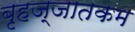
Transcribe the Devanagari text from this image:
बृहज्जातकम